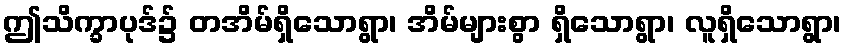
ဤသိက္ခာပုဒ်၌ တအိမ်ရှိသောရွာ၊ အိမ်များစွာ ရှိသောရွာ၊ လူရှိသောရွာ၊